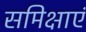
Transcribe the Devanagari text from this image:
समिक्षाएं